Leningradi_Edasi_toimetus, lk 27
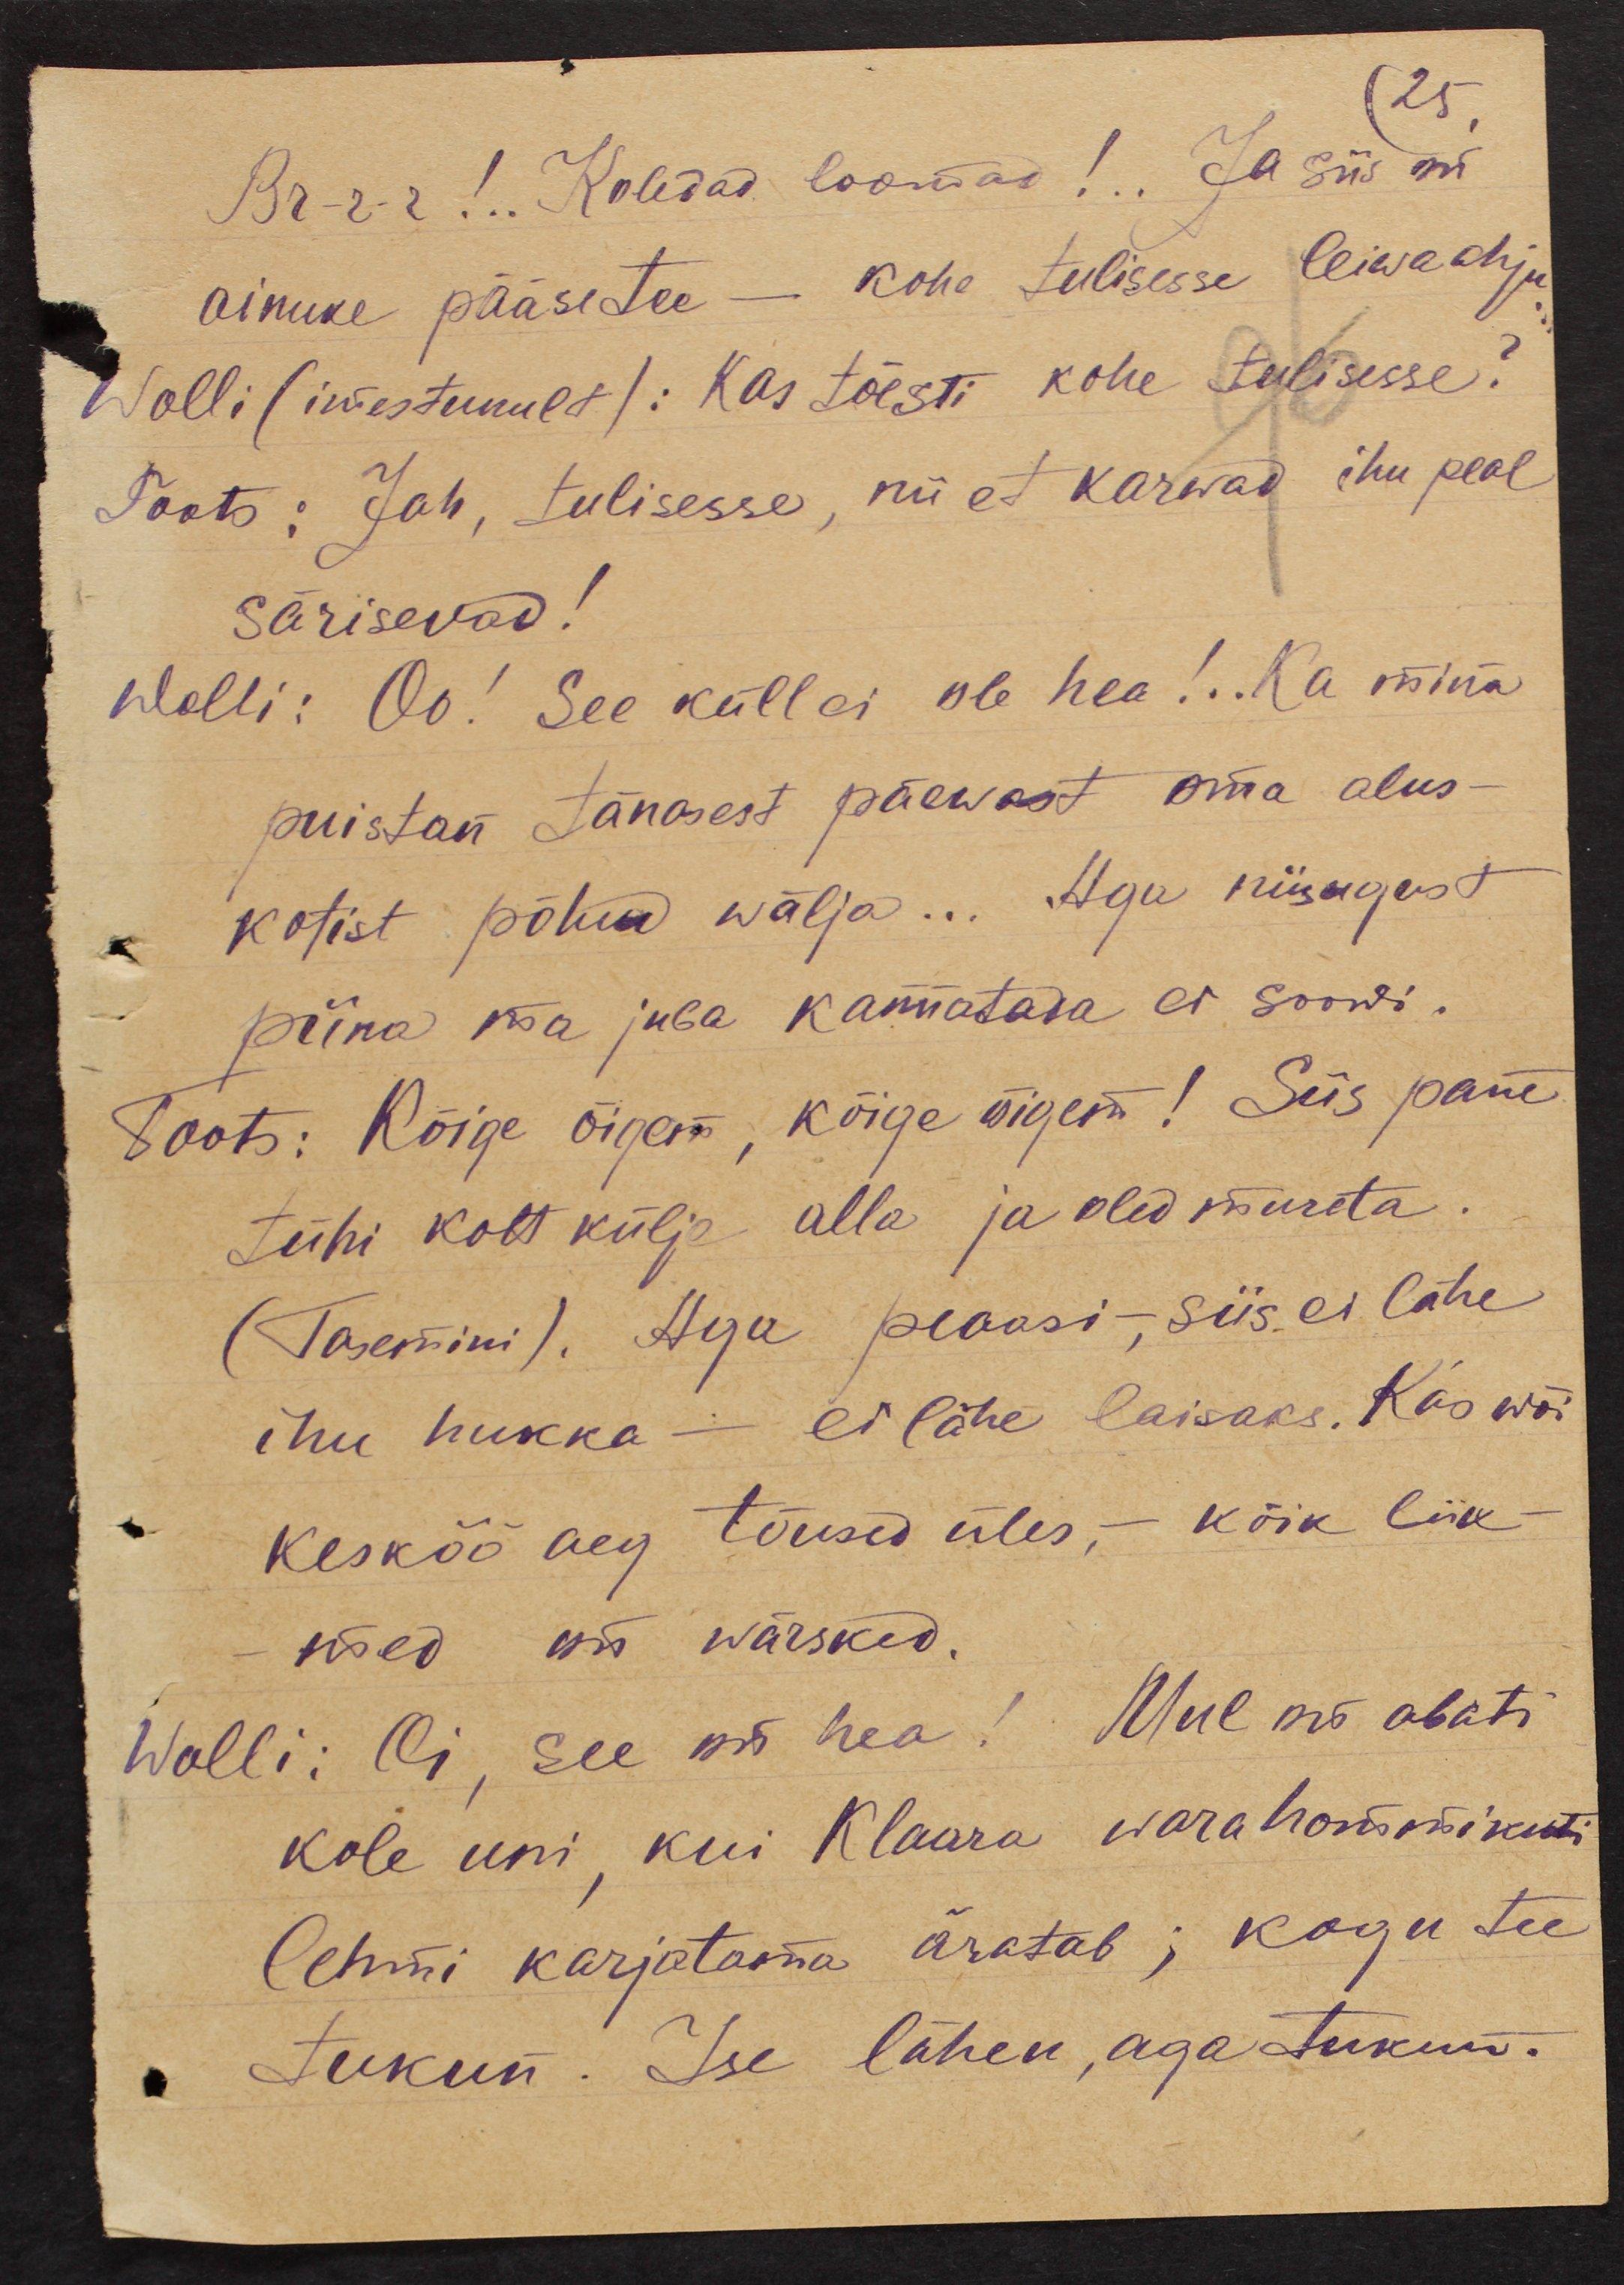
25.
Br-r-r!.. Koledad loomad!.. Ja siis on
ainuke pääsetee - kohe tulisesse leiwaahju
Wolli (imestunult): Kas tõesti kohe tulisesse?
Toots: Jah, tulisesse, nii et karwad ihu peal
särisevad!
Wolli: Oo! See küll ei ole hea!..Ka mina
puistan tänasest päewast oma alus-
kotist põhu wälja... Aga niisugust
piina ma juba kannatada ei soowi.
Toots: Kõige õigem, kõige õigem! Siis pane,
tühi kott külje alla ja oled mureta
(Tasemini). Aga peaasi-, siis ei lähe
ihu hukka - ei lähe laisaks. Kas wõi
kesköö aeg tõusid üles,- kõik liik-
med on wärsked.
Wolli: Oi, see on hea! Mul on abati
kole uni kui Klaara warahommikuti
lehmi karjatama äratab; kogu tee
tukun. Ise lähen, aga tukun.